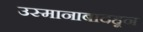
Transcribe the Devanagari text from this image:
उस्मानाबादहून